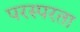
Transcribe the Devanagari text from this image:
परस्परता